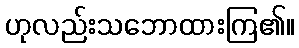
ဟုလည်းသဘောထားကြ၏။